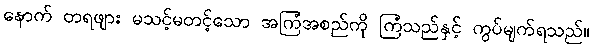
နောက် တရဖျား မသင့်မတင့်သော အကြံအစည်ကို ကြံသည်နှင့် ကွပ်မျက်ရသည်။